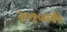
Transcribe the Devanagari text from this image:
२०१५पर्यंत